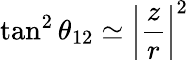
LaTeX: \tan^{2}\theta_{12}\simeq\left|\frac{z}{r}\right|^{2}